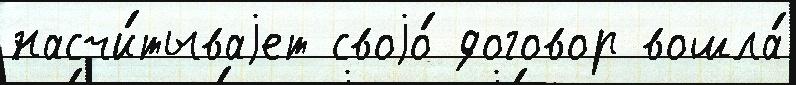
насчи́тываjет своjо́ договор вошла́